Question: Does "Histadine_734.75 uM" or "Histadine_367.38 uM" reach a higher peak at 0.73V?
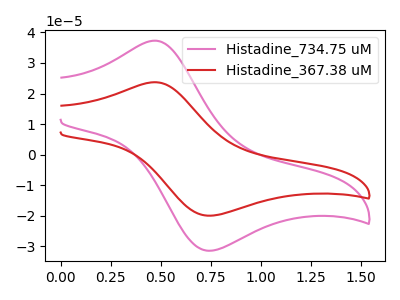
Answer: <think>The pink curve "Histadine_734.75 uM" has an anodic peak at (0.45V, 37.30uA) and a cathodic peak at (0.75V, -31.40uA). The red curve "Histadine_367.38 uM" has an anodic peak at (0.45V, 23.70uA) and a cathodic peak at (0.75V, -19.95uA).</think>
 <answer>The peak at 0.73V is higher in "Histadine_734.75 uM" than in "Histadine_367.38 uM".</answer>
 <eval>higher</eval>